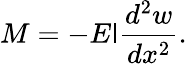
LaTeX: M=-E\mathsf{I}{\frac{{d^{2}w}}{{dx^{2}}}}.